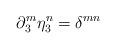
LaTeX: \begin{align*}\partial^m_3 \eta^n_3 = \delta^{mn}\end{align*}